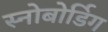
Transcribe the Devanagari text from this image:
स्नोबोर्डिग